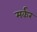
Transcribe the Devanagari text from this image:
मर्कर